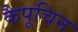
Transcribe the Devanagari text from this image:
कैपूचिन